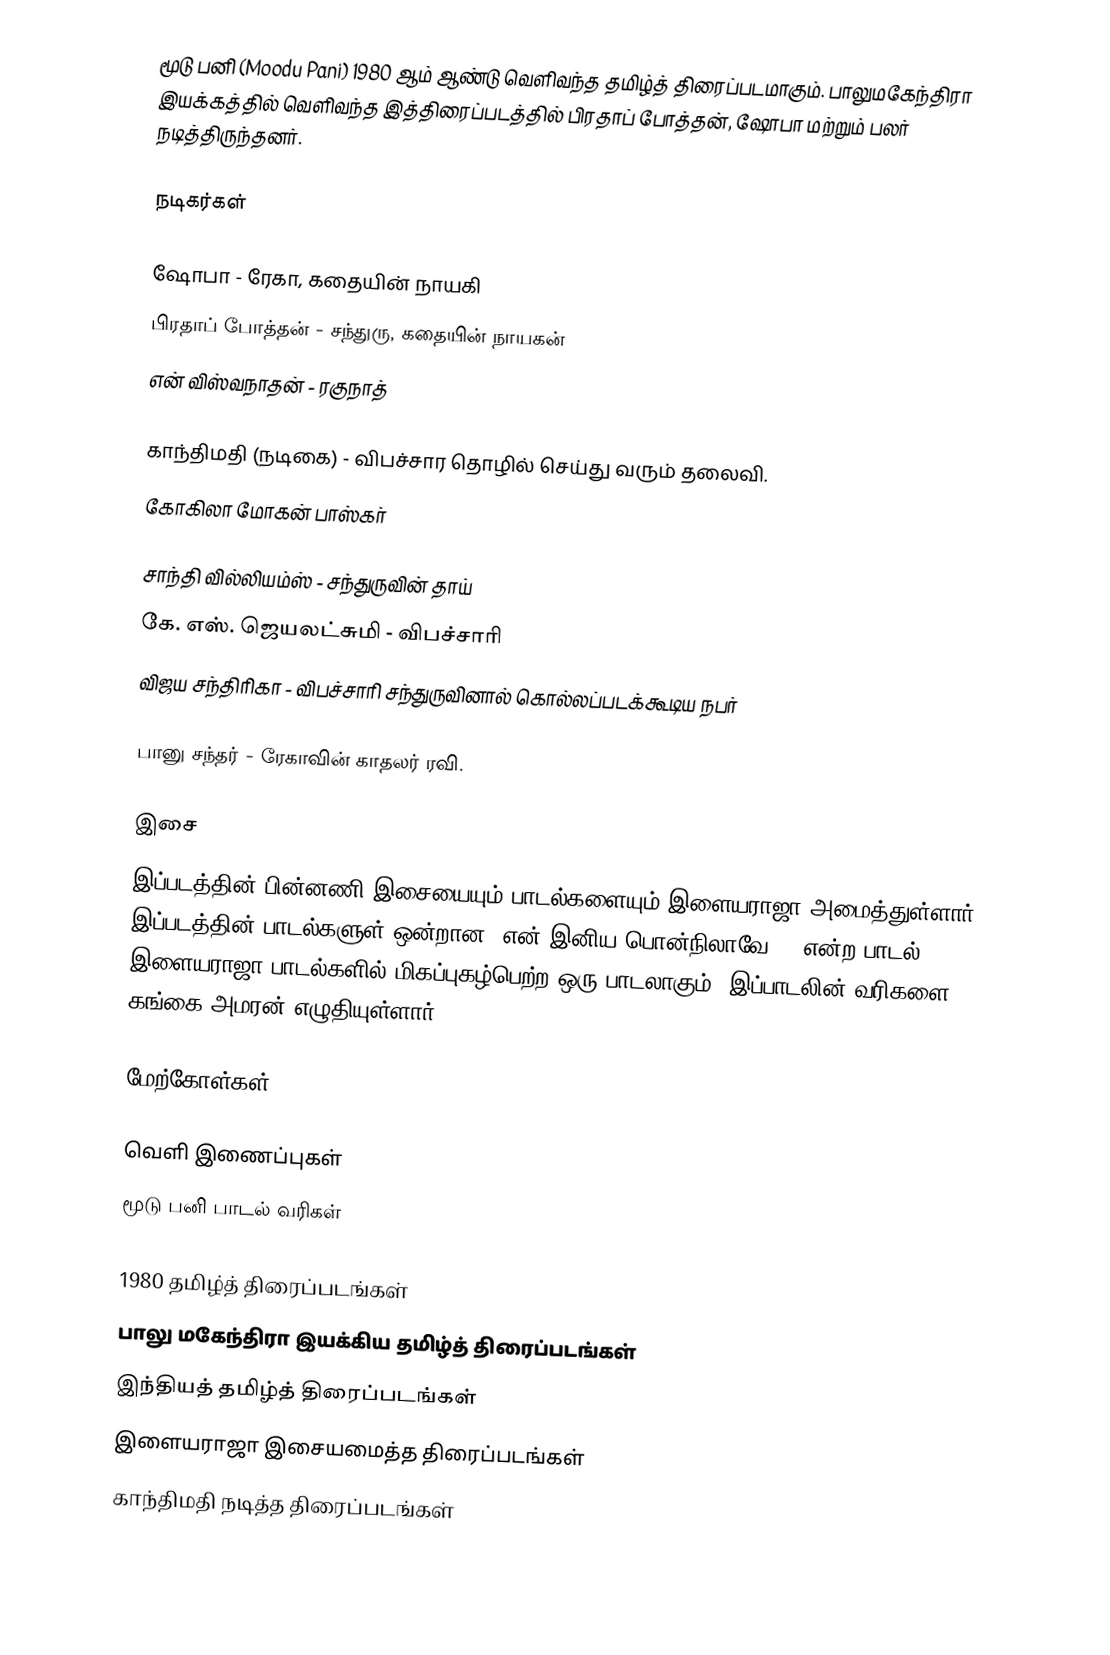
மூடு பனி (Moodu Pani) 1980 ஆம் ஆண்டு வெளிவந்த தமிழ்த் திரைப்படமாகும். பாலுமகேந்திரா இயக்கத்தில் வெளிவந்த இத்திரைப்படத்தில் பிரதாப் போத்தன், ஷோபா மற்றும் பலர் நடித்திருந்தனர்.

நடிகர்கள்

ஷோபா - ரேகா, கதையின் நாயகி
 பிரதாப் போத்தன் - சந்துரு, கதையின் நாயகன்
 என் விஸ்வநாதன் - ரகுநாத்

 காந்திமதி (நடிகை) - விபச்சார தொழில் செய்து வரும் தலைவி.
கோகிலா மோகன் பாஸ்கர்

 சாந்தி வில்லியம்ஸ் - சந்துருவின் தாய்
 கே. எஸ். ஜெயலட்சுமி - விபச்சாரி
 விஜய சந்திரிகா - விபச்சாரி சந்துருவினால் கொல்லப்படக்கூடிய நபர்

 பானு சந்தர் - ரேகாவின் காதலர் ரவி.

இசை
இப்படத்தின் பின்னணி இசையையும் பாடல்களையும் இளையராஜா அமைத்துள்ளார். இப்படத்தின் பாடல்களுள் ஒன்றான "என் இனிய பொன்நிலாவே.." என்ற பாடல் இளையராஜா பாடல்களில் மிகப்புகழ்பெற்ற ஒரு பாடலாகும். இப்பாடலின் வரிகளை கங்கை அமரன் எழுதியுள்ளார்.

மேற்கோள்கள்

வெளி இணைப்புகள்
மூடு பனி பாடல் வரிகள்

1980 தமிழ்த் திரைப்படங்கள்
பாலு மகேந்திரா இயக்கிய தமிழ்த் திரைப்படங்கள்
இந்தியத் தமிழ்த் திரைப்படங்கள்
இளையராஜா இசையமைத்த திரைப்படங்கள்
காந்திமதி நடித்த திரைப்படங்கள்